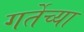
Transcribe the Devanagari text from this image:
गर्तेच्या